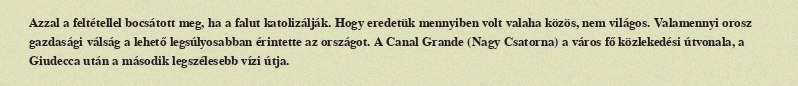
Azzal a feltétellel bocsátott meg, ha a falut katolizálják. Hogy eredetük mennyiben volt valaha közös, nem világos. Valamennyi orosz gazdasági válság a lehető legsúlyosabban érintette az országot. A Canal Grande (Nagy Csatorna) a város fő közlekedési útvonala, a Giudecca után a második legszélesebb vízi útja.